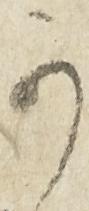
可